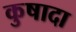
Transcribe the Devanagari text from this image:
कुषादा